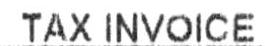
TAX INVOICE